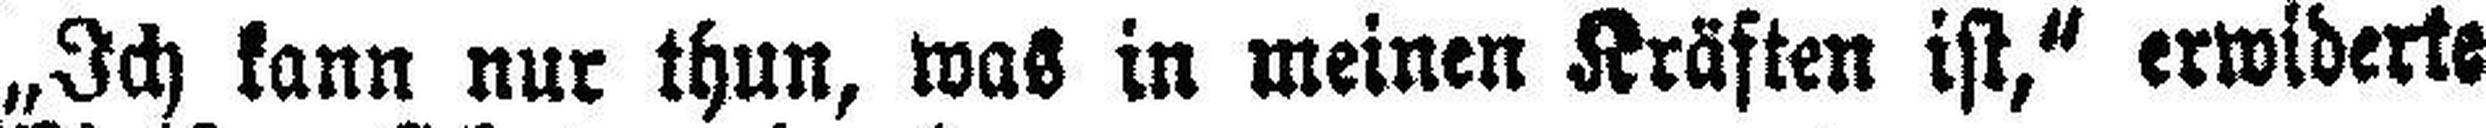
„Ich kann nur thun, was in meinen Kräften ist,“ erwiderte